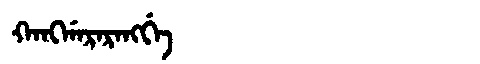
Manchu: ᡴᠠᠩᡤᠠᡵᠠᡵᠠᠩᡤᡝ
Romanization: KANGGARARANGGE